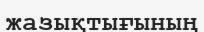
жазықтығының